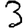
Digit: 3